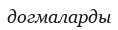
догмаларды